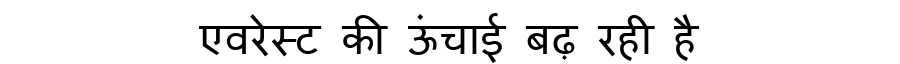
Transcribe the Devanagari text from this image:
एवरेस्ट की ऊंचाई बढ़ रही है